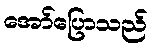
အော်ပြောသည်